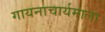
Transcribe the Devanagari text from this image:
गायनाचार्यमाला